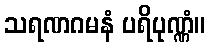
သရဏဂမနံ ပရိပုဏ္ဏံ။